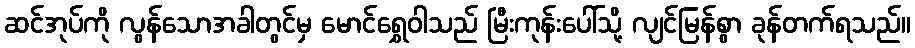
ဆင်အုပ်ကို လွန်သောအခါတွင်မှ မောင်ရွှေဝါသည် မြီးကုန်းပေါ်သို့ လျင်မြန်စွာ ခုန်တက်ရသည်။